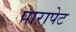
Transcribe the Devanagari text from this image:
पारापेट